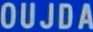
OUJDA